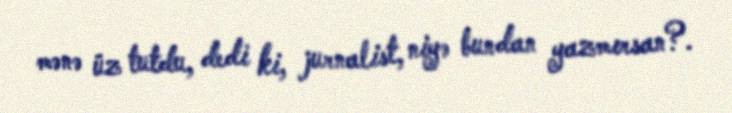
mənə üz tutdu, dedi ki, jurnalist, niyə bundan yazmırsan?.